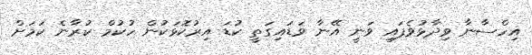
އިހްސާނާ ވިދާޅުވެފައި ވަނީ އޭނާ ވަޑައިގަތީ ކުޑަ އިރުކޮޅަކުން ހުކުމް ކުރާނެ ކަމަށް